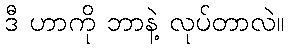
ဒီ ဟာကို ဘာနဲ့ လုပ်တာလဲ။